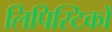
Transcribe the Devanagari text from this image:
लिपिस्टिकों